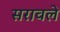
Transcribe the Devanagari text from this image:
सरावले